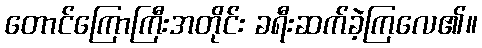
တောင်ကြောကြီးအတိုင်း ခရီးဆက်ခဲ့ကြလေ၏။